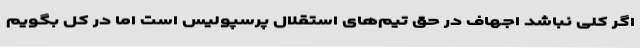
اگر کلی نباشد اجهاف در حق تیم‌های استقلال پرسپولیس است اما در کل بگویم